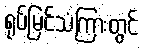
ရုပ်မြင်သံကြားတွင်